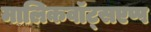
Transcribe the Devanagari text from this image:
मालिकवॉट्सएप्प